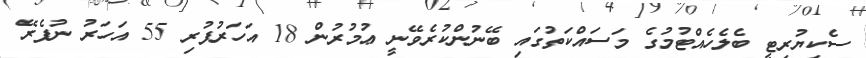
ސެކިޔުރިޓީ ބެލެހެއްޓުމުގެ މަސައްކަތުގައި ބޭނުންކުރެވޭނީ ޢުމުރުން 18 އަހަރުފުރި 55 އަހަރު ނުފެރޭ